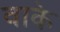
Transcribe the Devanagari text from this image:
वाके